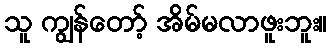
သူ ကျွန်တော့် အိမ်မလာဖူးဘူး။